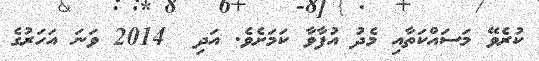
ކުރެވޭ މަސައްކަތާއި މެދު އުފާވާ ކަމަށެވެ. އަދި  2014 ވަނަ އަހަރުގެ